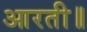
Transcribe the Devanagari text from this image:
आरती॥